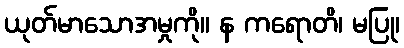
ယုတ်မာသောအမှုကို။ န ကရောတိ၊ မပြု၊